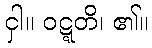
ငှါ။ ဝဋ္ဋတိ၊ ၏။